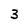
Character: 3